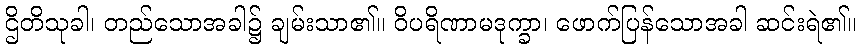
ဌိတိသုခါ၊ တည်သောအခါ၌ ချမ်းသာ၏။ ဝိပရိဏာမဒုက္ခာ၊ ဖောက်ပြန်သောအခါ ဆင်းရဲ၏။